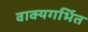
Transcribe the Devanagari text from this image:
वाक्यगर्भित